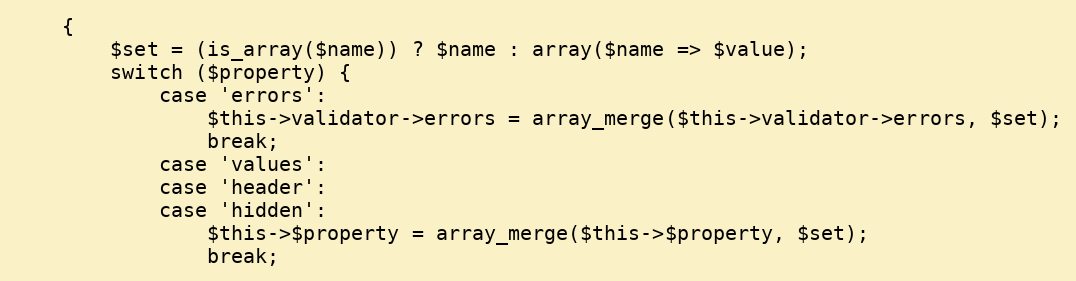
Language: PHP
    {
        $set = (is_array($name)) ? $name : array($name => $value);
        switch ($property) {
            case 'errors':
                $this->validator->errors = array_merge($this->validator->errors, $set);
                break;
            case 'values':
            case 'header':
            case 'hidden':
                $this->$property = array_merge($this->$property, $set);
                break;